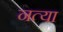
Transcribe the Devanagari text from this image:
नत्या